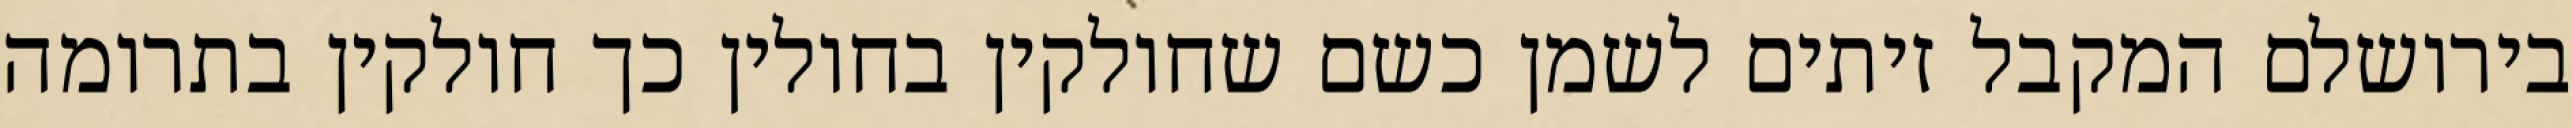
בירושלם המקבל זיתים לשמן כשם שחולקין בחולין כך חולקין בתרומה